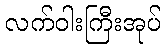
လက်ဝါးကြီးအုပ်